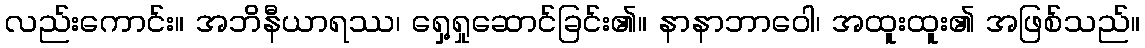
လည်းကောင်း။ အဘိနီယာရဿ၊ ရှေ့ရှုဆောင်ခြင်း၏။ နာနာဘာဝေါ၊ အထူးထူး၏ အဖြစ်သည်။